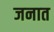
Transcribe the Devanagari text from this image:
जनात